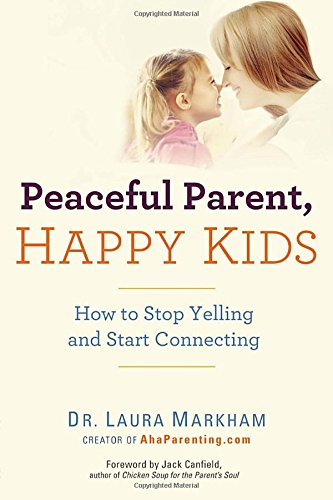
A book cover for Peaceful Parent, Happy Kids: How to Stop Yelling and Start Connecting; Dr. Laura Markham; Parenting & Relationships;